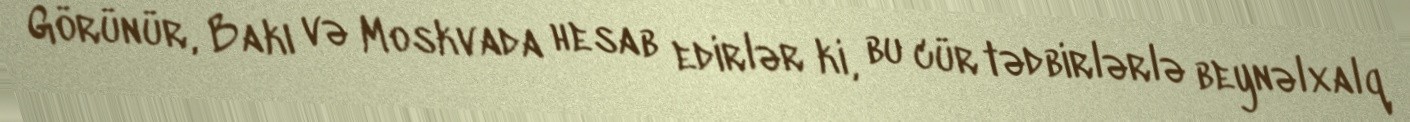
Görünür, Bakı və Moskvada hesab edirlər ki, bu cür tədbirlərlə beynəlxalq